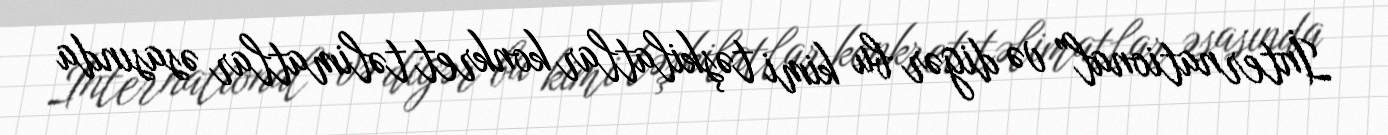
İnternational” və digər bu kimi təşkilatlar konkret təlimatlar əsasında